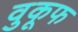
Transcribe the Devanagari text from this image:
वुकूफ